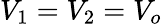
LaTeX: V_{1}=V_{2}=V_{o}